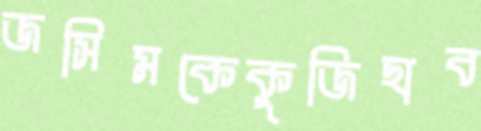
জসিমকেকুজিছাব